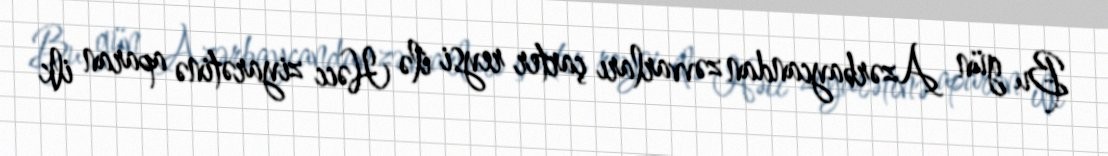
Bu gün Azərbaycandan zəvvarları çarter reysi ilə Həcc ziyarətinə aparan ilk